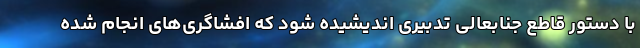
با دستور قاطع جنابعالی تدبیری اندیشیده شود که افشاگری‌های انجام شده